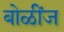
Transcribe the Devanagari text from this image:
बोळींज